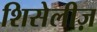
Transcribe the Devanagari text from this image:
शिसेलीज़